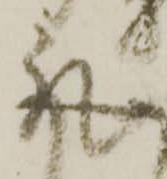
取